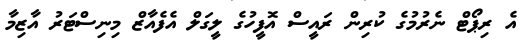
އެ ރިޕޯޓް ނެރުމުގެ ކުރިން ރައީސް އޮފީހުގެ ލީގަލް އެފެއާޒް މިނިސްޓަރު އާޒިމާ